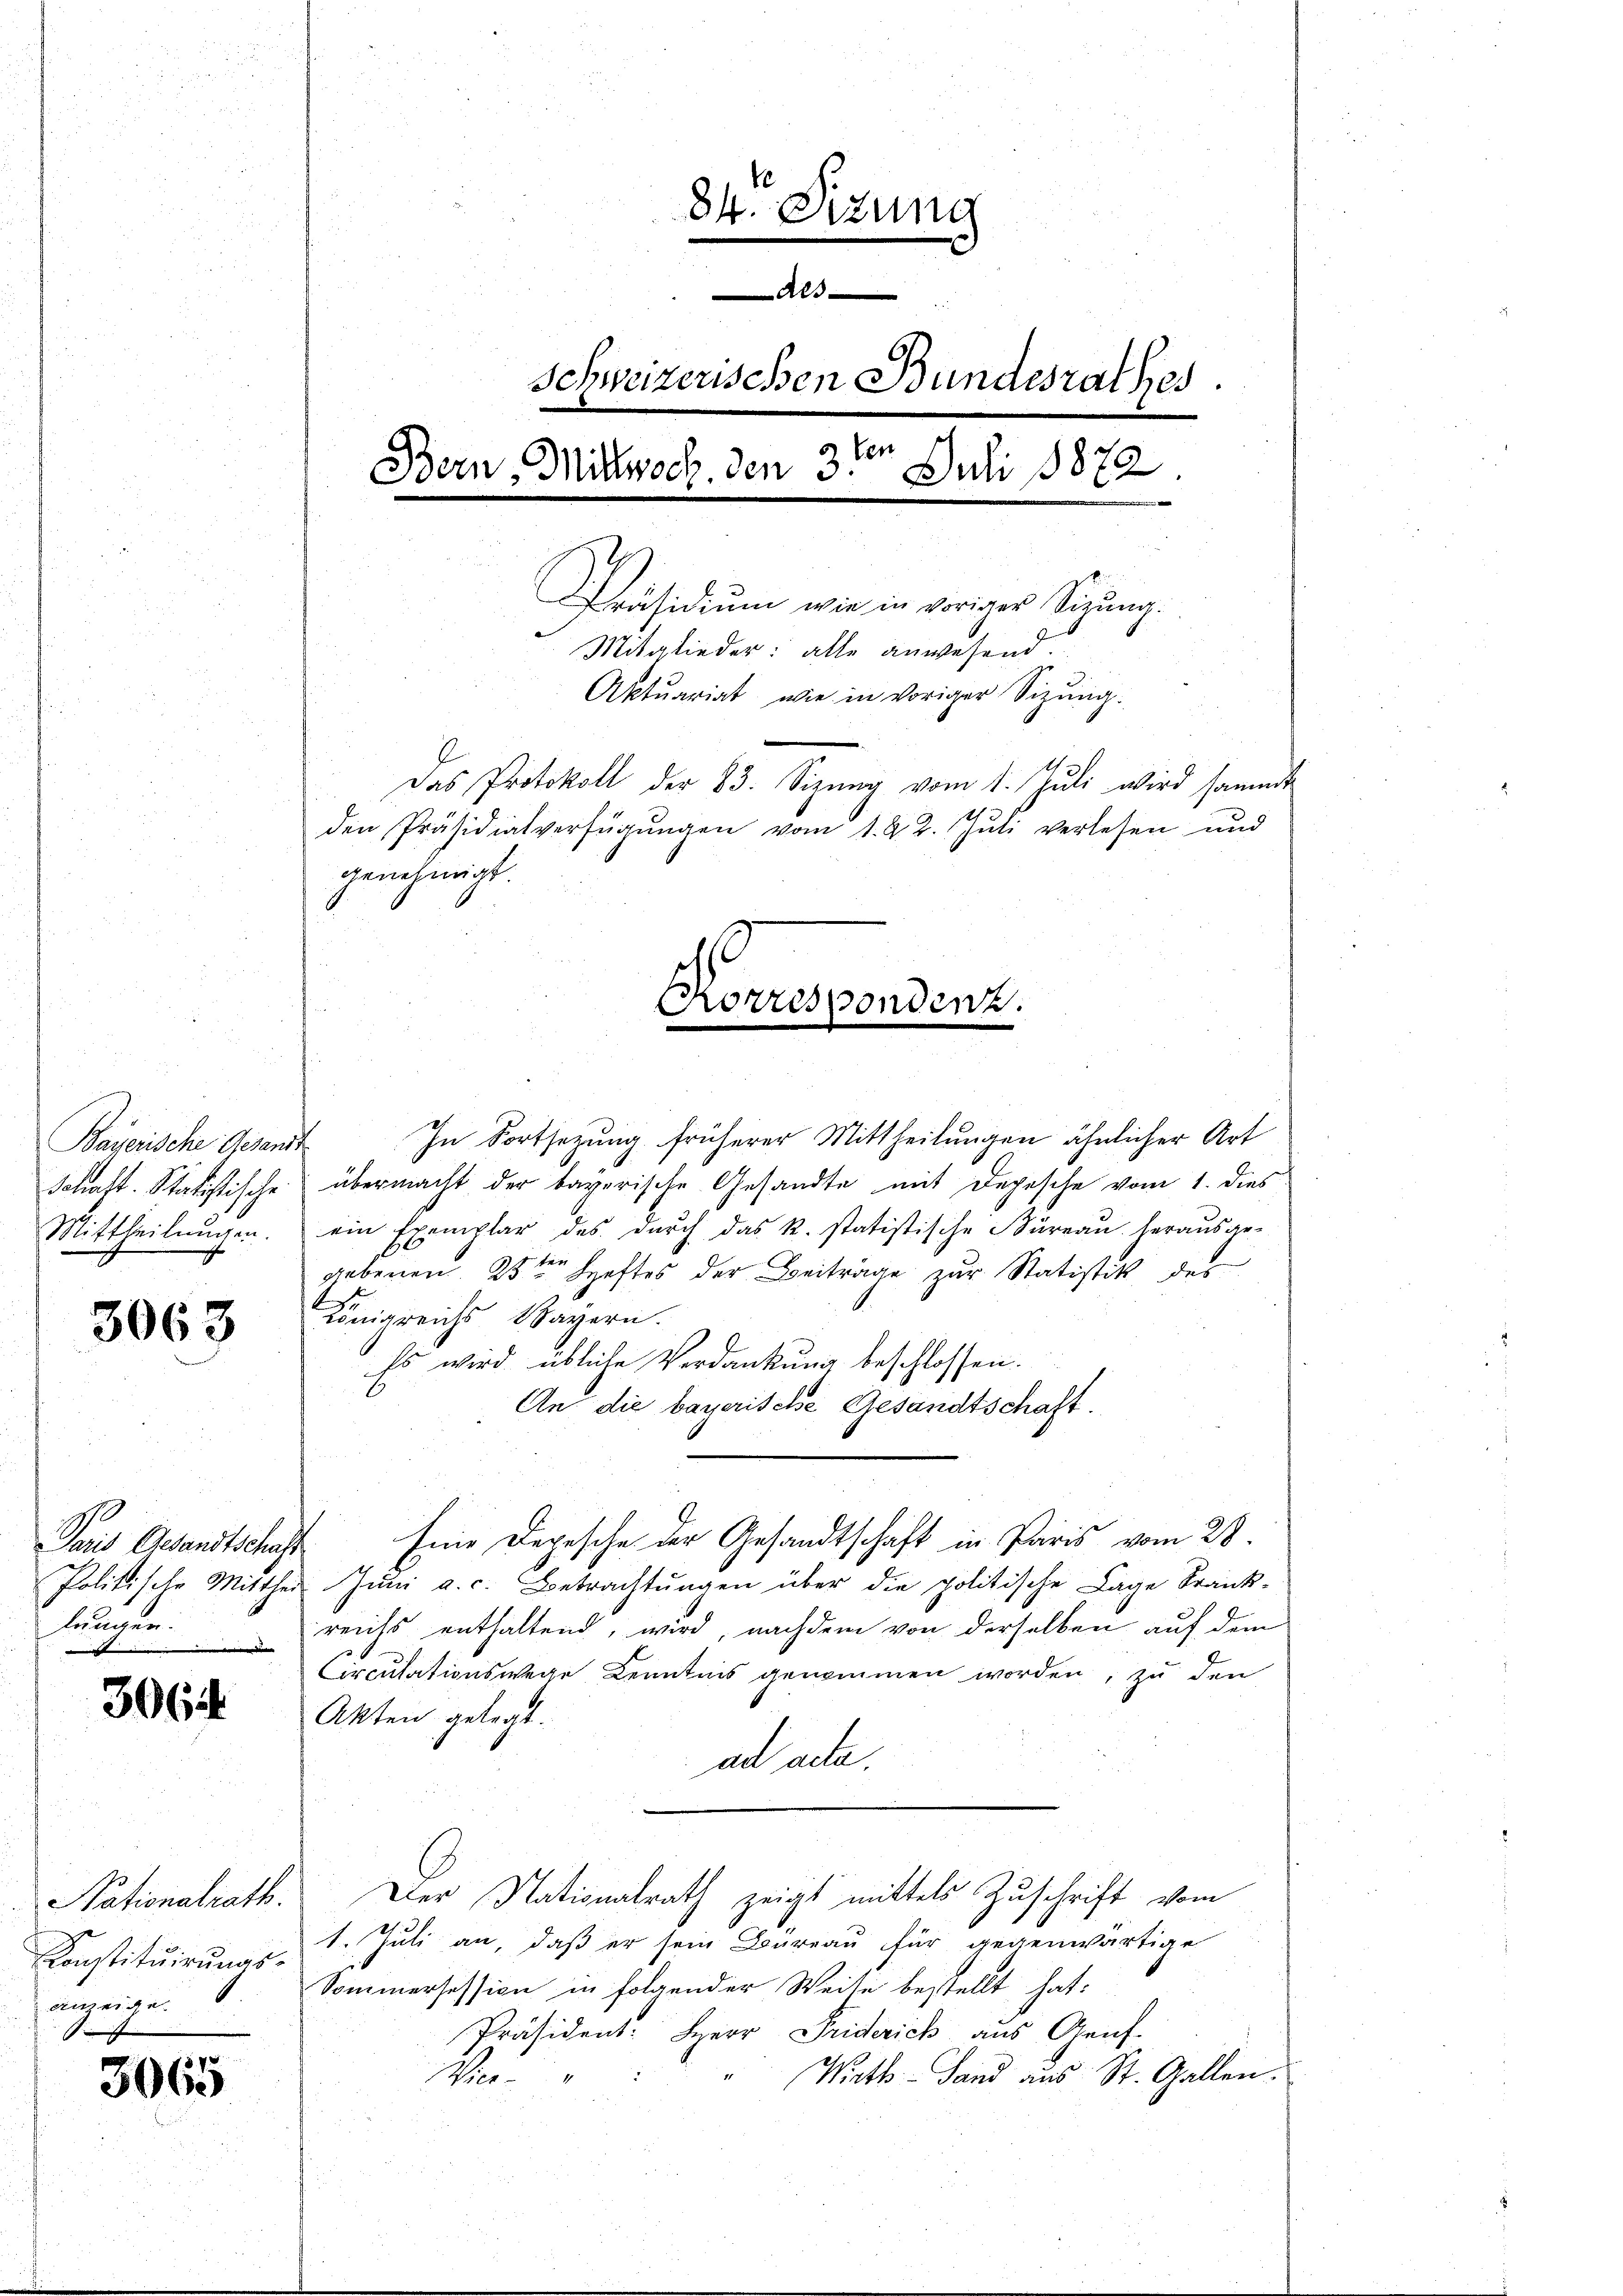
Bayerische Gesandt
Mittheilungen.

3063

Paris Gesandtschaft
lungen.

t

3064

Nationalrath.
ite ge
S

3065

84. Sizung
Al
Schweizerischen Bundesrathes.
Ven
Bern, Mittwoch, den 3. Juli 1872
Präsidiŭm wie in voriger Sigŭng.
Mitglieder: alle anwesend.
Aktuariat, wie in voriger Sizung.
Das Protokoll der 83. Sizŭng vom 1. Jŭli wird sammt
den Präsidialverfügŭngen vom 1. 22. Jŭli verlesen und
genehmigt.

Korrespondenz.

In Fortsetzung früherer Mittheilungen ähnlicher Art
Schaft. Statistische übermacht der bayerische Gesandte mit Depesche vom 1. dies
ein Exemplar des durch das k. statistische Büreau herausge-
gebenen 25ten Heftes der Beiträge zur Statistik des
Königreichs Bayern.
Es wird übliche Verdankung beschlossen.
An die bayerische Gesandtschaft.
Eine Depesche der Gesandtschaft in Paris vom 28.
Politische Mittheil Jŭni a. c. Betrachtŭngen über die politische Lage Krank-
reichs enthaltend, wird, nachdem von derselben auf dem
Circulationswege Kenntnis genommen worden, zu den
Akten gelegt.
ad acte.
Der Nationalrath zeigt mittels Zuschrift vom
Konstituirungs- 1. Juli an, daß er sein Büreau für gegenwärtige
Sommersession in folgender Weite bestellt hat:
Präsident: Herr Friderich aus Genf.
Wirth- Sand aus St. Gallen.
Wir